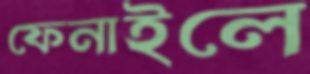
ফেনাইলে